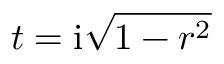
t = \mathrm { i } \sqrt { 1 - r ^ { 2 } }